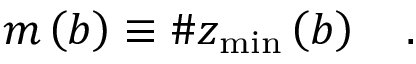
m \left( b \right) \equiv \# z _ { \operatorname * { m i n } } \left( b \right) \quad .